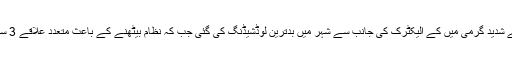
واضح رہے کہ کراچی میں گزشتہ ہفتے شدید گرمی میں کے الیکٹرک کی جانب سے شہر میں بدترین لوڈشیڈنگ کی گئی جب کہ نظام بیٹھنے کے باعث متعدد علاقے 3 سے 4 روز تک بجلی سے محروم رہے۔